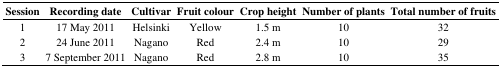
| Session | Recording date | Cultivar | Fruit colour | Crop height | Number of plants | Total number of fruits |
 | --- | --- | --- | --- | --- | --- | --- |
 | 1 | 17 May 2011 | Helsinki | Yellow | 1.5 m | 10 | 32 |
 | 2 | 24 June 2011 | Nagano | Red | 2.4 m | 10 | 29 |
 | 3 | 7 September 2011 | Nagano | Red | 2.8 m | 10 | 35 |